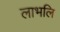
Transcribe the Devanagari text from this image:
लाभलि